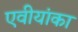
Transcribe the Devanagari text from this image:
एवीयांका